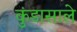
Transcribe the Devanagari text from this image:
कुंडासाले